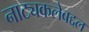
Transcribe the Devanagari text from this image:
नाट्यकलेबद्दल